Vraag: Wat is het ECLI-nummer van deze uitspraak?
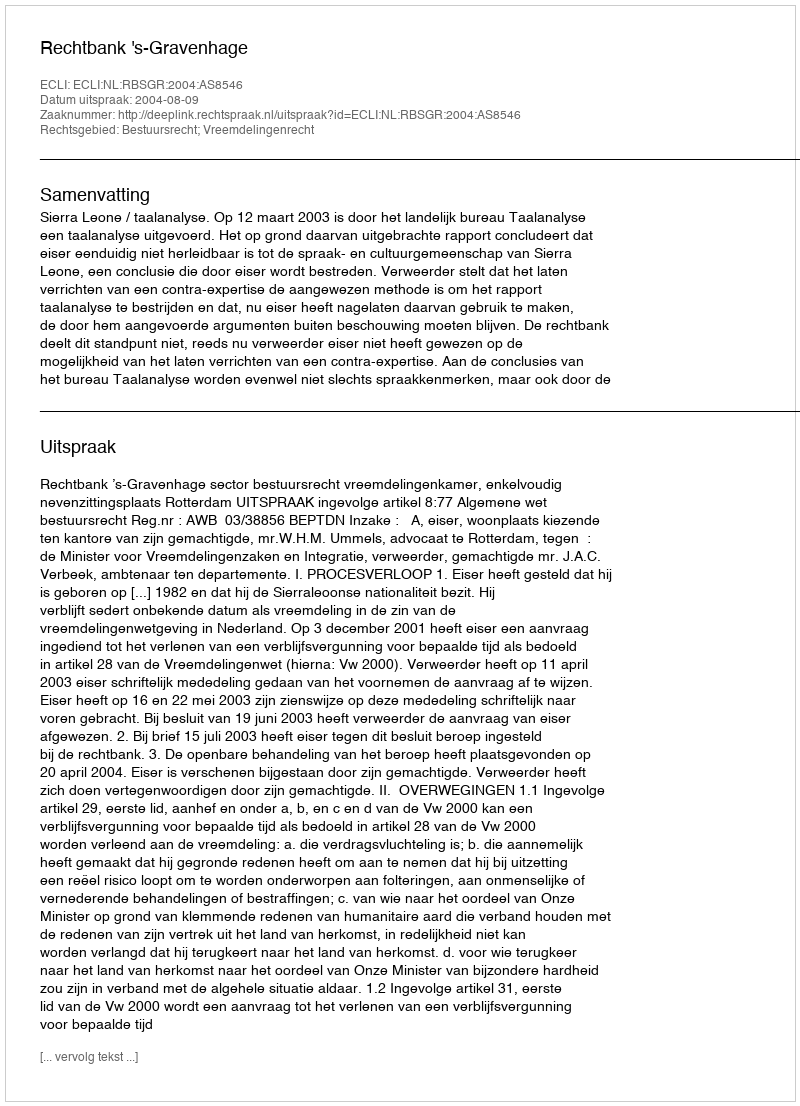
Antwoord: ECLI:NL:RBSGR:2004:AS8546